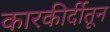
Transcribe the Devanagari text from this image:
कारकीर्दीतून